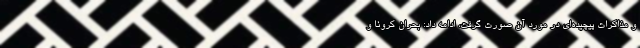
و مذاکرات پیچیده‌ای در مورد آن صورت گرفت، ادامه داد: بحران کرونا و